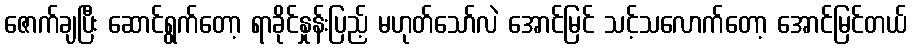
ဇောက်ချပြီး ဆောင်ရွက်တော့ ရာခိုင်နှုန်းပြည့် မဟုတ်သော်လဲ အောင်မြင် သင့်သလောက်တော့ အောင်မြင်တယ်